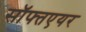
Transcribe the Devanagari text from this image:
सॉफ्तएयर